Scottish Leaving Certificate Examination, 1956
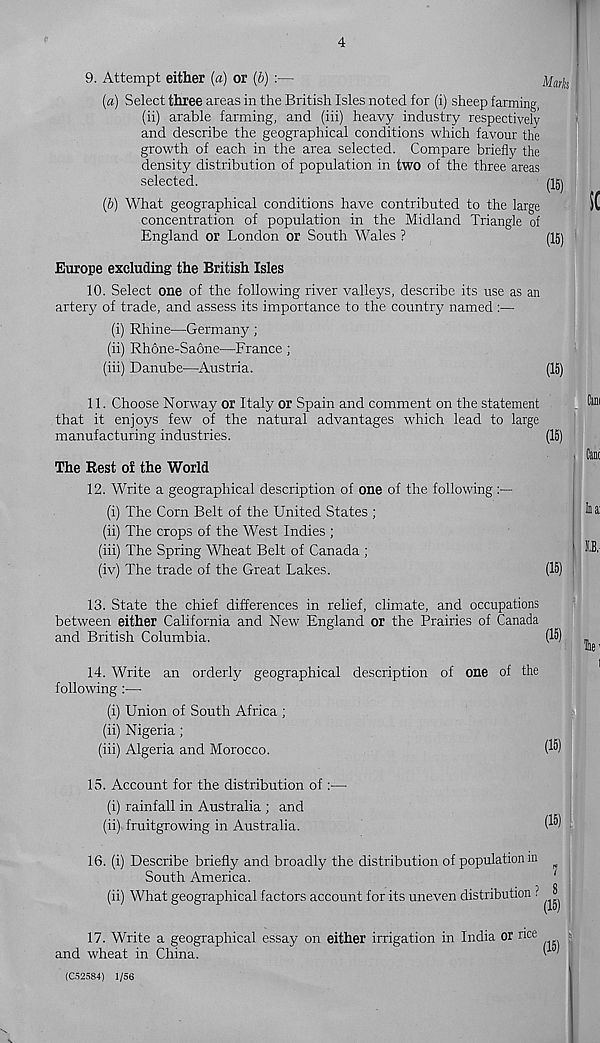
4
9. Attempt either (a) or (b) :—
Mark
(а) Select three areas in the British Isles noted for (i) sheep farming,
(ii) arable farming, and (iii) heavy industry respectively
and describe the geographical conditions which favour the
growth of each in the area selected. Compare briefly the
density distribution of population in two of the three areas
selected.
(б) What geographical conditions have contributed to the large
concentration of population in the Midland Triangle of
England or London or South Wales ?
(15)
(15)
Europe excluding the British Isles
10. Select one of the following river valleys, describe its use as an
artery of trade, and assess its importance to the country named :—
(i) Rhine—Germany ;
(ii) Rhone-Saone—France ;
(iii) Danube—Austria.
(15)
5(
11. Choose Norway or Italy or Spain and comment on the statement
that it enjoys few of the natural advantages which lead to large
manufacturing industries.
(15)
The Rest of the World
12. Write a geographical description of one of the following
(i) The Corn Belt of the United States ;
(ii) The crops of the West Indies ;
(iii) The Spring Wheat Belt of Canada ;
(iv) The trade of the Great Lakes.
(15)
13. State the chief differences in relief, climate, and occupations
between either California and New England or the Prairies of Canada
and British Columbia.
(15) ^
14. Write an orderly geographical description of one of the
following:—
(i) Union of South Africa ;
(ii) Nigeria;
(iii) Algeria and Morocco.
(I'*)
15. Account for the distribution of:—
(i) rainfall in Australia ; and
(ii) fruitgrowing in Australia.
16. (i) Describe briefly and broadly the distribution of population in
South America.
(ii) What geographical factors account for its uneven distribution ?
(15)
7
8
(15)
17. Write a geographical essay on either irrigation in India or rice
and wheat in China.
v '
(C52584) 1/56